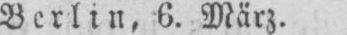
Berlin, 6. März.